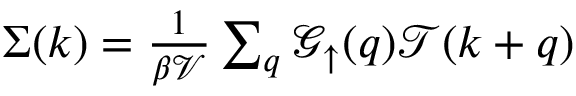
\begin{array} { r } { \Sigma ( k ) = \frac { 1 } { \beta \mathcal { V } } \sum _ { q } \mathcal { G } _ { \uparrow } ( q ) \mathcal { T } ( k + q ) } \end{array}